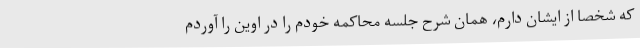
که شخصاً از ایشان دارم، همان شرح جلسه محاکمه خودم را در اوین را آوردم